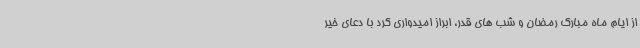
از ایام ماه مبارک رمضان و شب های قدر، ابراز امیدواری کرد با دعای خیر